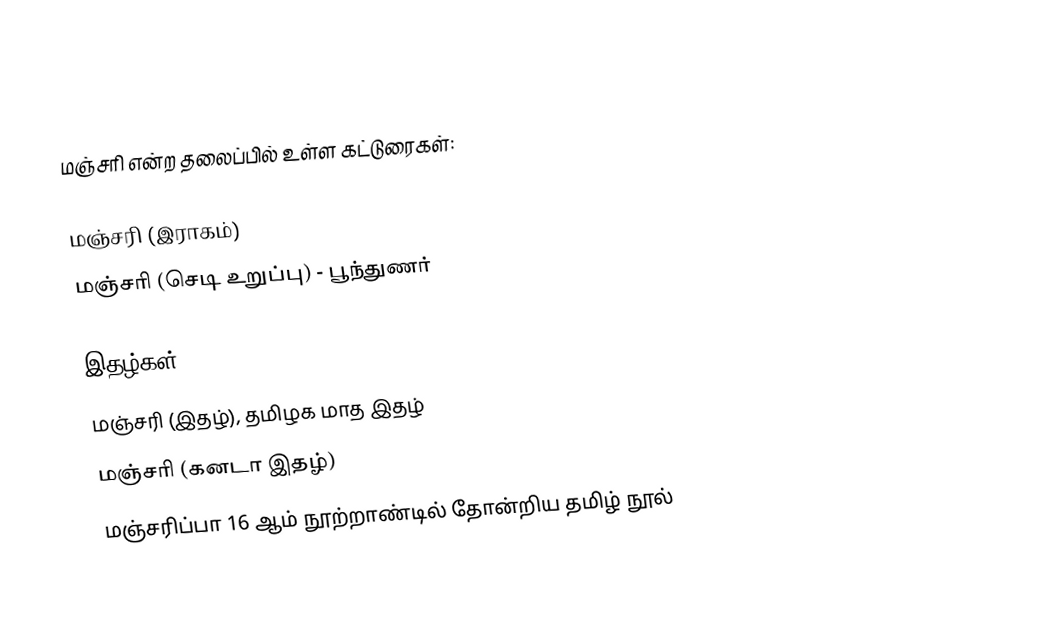
மஞ்சரி என்ற தலைப்பில் உள்ள கட்டுரைகள்:

 மஞ்சரி (இராகம்)
 மஞ்சரி (செடி உறுப்பு) - பூந்துணர்

இதழ்கள்
 மஞ்சரி (இதழ்), தமிழக மாத இதழ்
 மஞ்சரி (கனடா இதழ்)
 மஞ்சரிப்பா 16 ஆம் நூற்றாண்டில் தோன்றிய தமிழ் நூல்